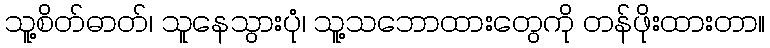
သူ့စိတ်ဓာတ်၊ သူနေသွားပုံ၊ သူ့သဘောထားတွေကို တန်ဖိုးထားတာ။